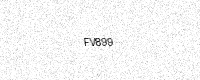
Text: FV899